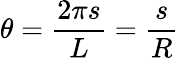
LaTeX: \displaystyle\theta=\frac{2\pi s}{L}=\frac{s}{R}